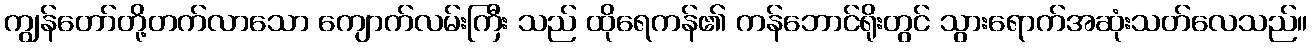
ကျွန်တော်တို့တက်လာသော ကျောက်လမ်းကြီး သည် ထိုရေကန်၏ ကန်ဘောင်ရိုးတွင် သွားရောက်အဆုံးသတ်လေသည်။